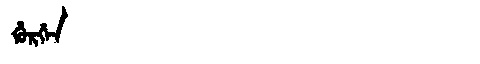
Manchu: ᡥᡠᡵᡤᡝᠨ
Romanization: HURGEN